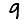
Digit: 9